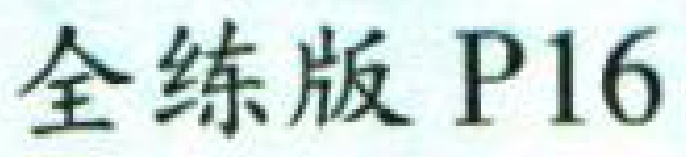
全练版 P16